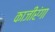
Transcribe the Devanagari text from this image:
काजीरंगा